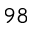
^ { 9 8 }